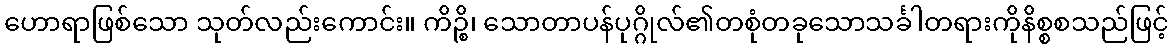
ဟောရာဖြစ်သော သုတ်လည်းကောင်း။ ကိဉ္စိ၊ သောတာပန်ပုဂ္ဂိုလ်၏တစုံတခုသောသင်္ခါတရားကိုနိစ္စစသည်ဖြင့်